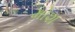
મોશ